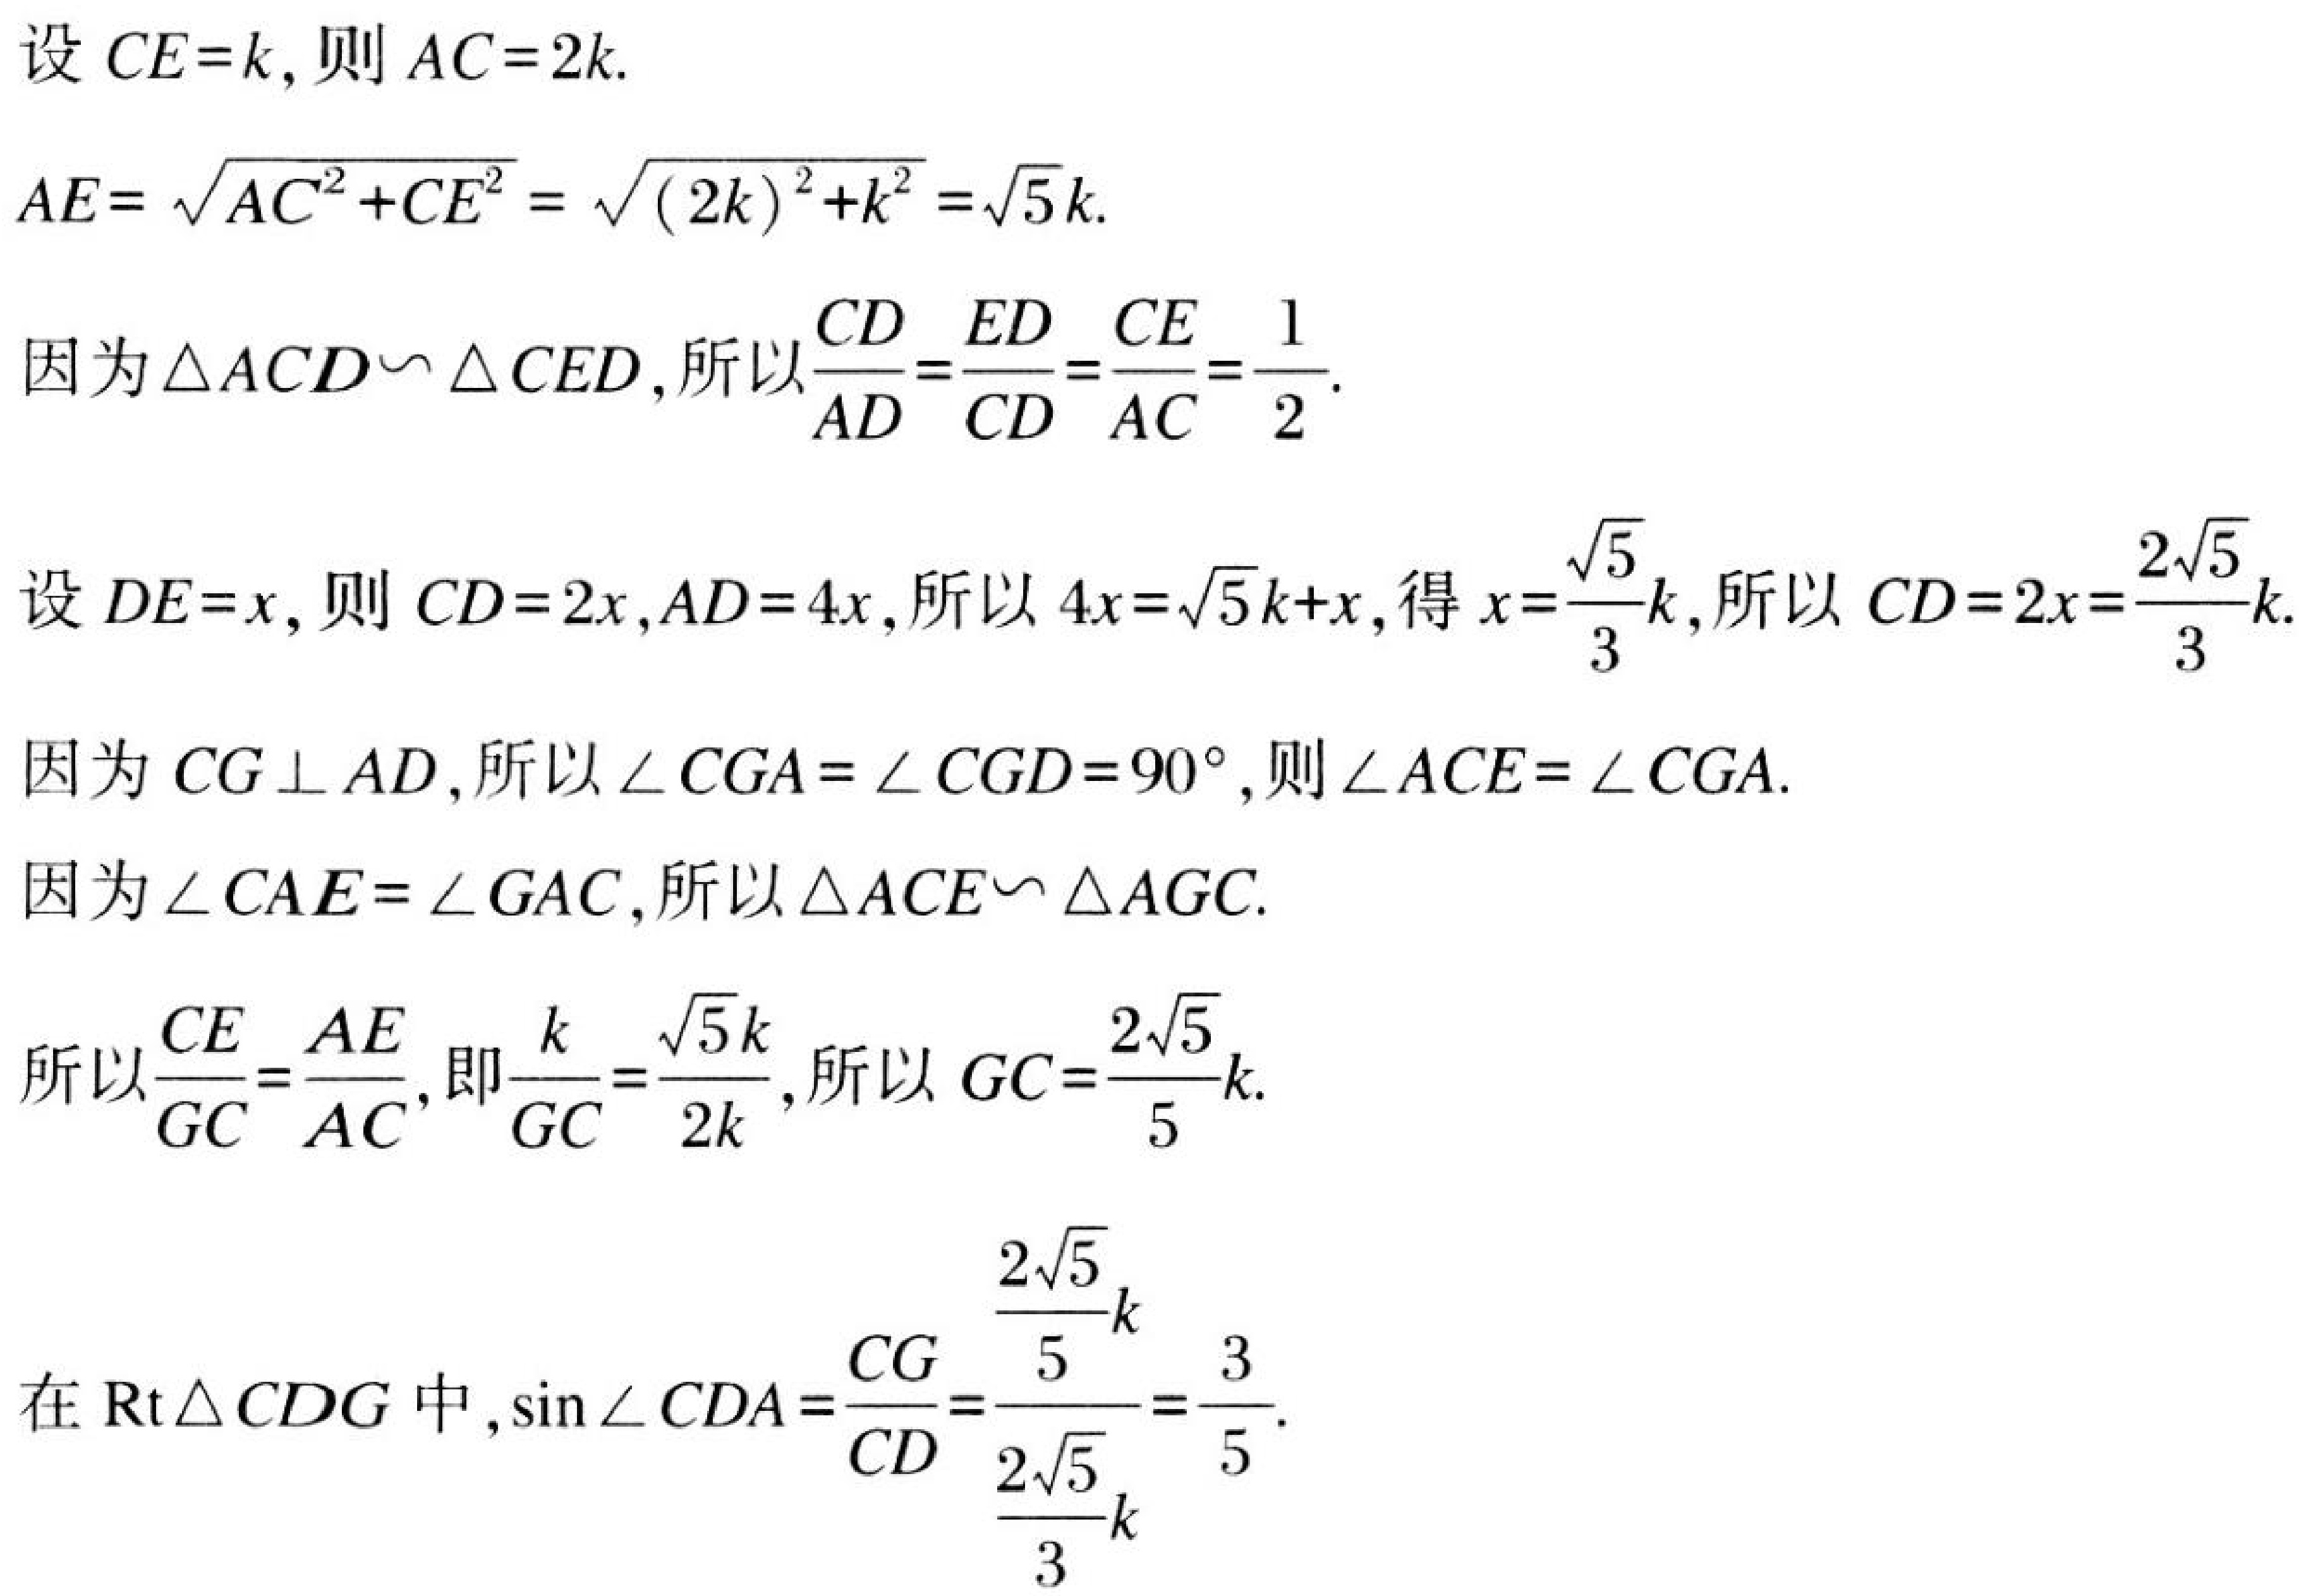
设\(CE = k\),则\(AC = 2k\).
\(AE=\sqrt{AC^{2}+CE^{2}}=\sqrt{(2k)^{2}+k^{2}}=\sqrt{5}k\).
因为\(\triangle ACD\backsim\triangle CED\),所以\(\frac{CD}{AD}=\frac{ED}{CD}=\frac{CE}{AC}=\frac{1}{2}\).
设\(DE = x\), 则\(CD = 2x,AD = 4x\),所以\(4x=\sqrt{5}k + x\),得\(x=\frac{\sqrt{5}}{3}k\),所以\(CD = 2x=\frac{2\sqrt{5}}{3}k\).
因为\(CG\perp AD\),所以\(\angle CGA=\angle CGD = 90^{\circ}\),则\(\angle ACE=\angle CGA\).
因为\(\angle CAE=\angle GAC\),所以\(\triangle ACE\backsim\triangle AGC\).
所以\(\frac{CE}{GC}=\frac{AE}{AC}\),即\(\frac{k}{GC}=\frac{\sqrt{5}k}{2k}\),所以\(GC=\frac{2\sqrt{5}}{5}k\).
在\(\text{Rt}\triangle CDG\)中,\(\sin\angle CDA=\frac{CG}{CD}=\frac{\frac{2\sqrt{5}}{5}k}{\frac{2\sqrt{5}}{3}k}=\frac{3}{5}\).